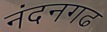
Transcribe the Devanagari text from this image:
नंदनगढ